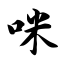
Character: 咪